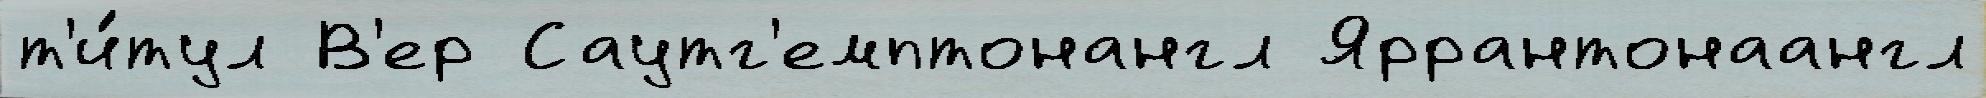
т'и́тул В'ер Саутг'емптонангл Яррантонаангл